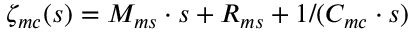
\zeta _ { m c } ( s ) = M _ { m s } \cdot s + R _ { m s } + 1 / ( C _ { m c } \cdot s )